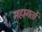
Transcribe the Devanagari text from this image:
महागर्तो